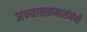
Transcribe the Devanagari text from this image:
अभ्यासक्रमासंबंधी